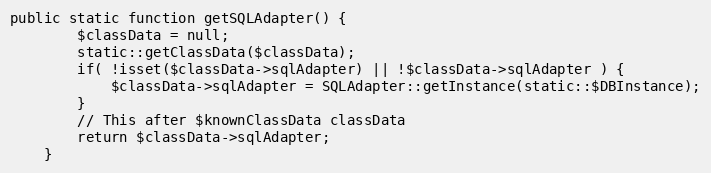
Language: PHP
public static function getSQLAdapter() {
		$classData = null;
		static::getClassData($classData);
		if( !isset($classData->sqlAdapter) || !$classData->sqlAdapter ) {
			$classData->sqlAdapter = SQLAdapter::getInstance(static::$DBInstance);
		}
		// This after $knownClassData classData
		return $classData->sqlAdapter;
	}